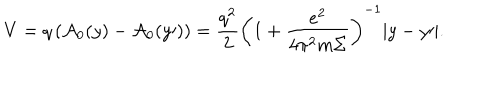
V = q \left( { { \cal A } _ { 0 } ( y ) - { \cal A } _ { 0 } ( y { \prime } ) } \right) = \frac { { q ^ { 2 } } } { 2 } \left( { 1 + \frac { { e ^ { 2 } } } { { 4 \pi ^ { 2 } m \Sigma } } } \right) ^ { - 1 } | y - y { \prime } | .